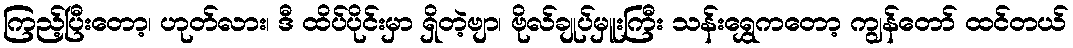
ကြည့်ပြီးတော့၊ ဟုတ်လား၊ ဒီ ထိပ်ပိုင်းမှာ ရှိတဲ့ဗျာ၊ ဗိုလ်ချုပ်မှူးကြီး သန်းရွှေကတော့ ကျွန်တော် ထင်တယ်